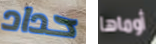
حداد أوماها